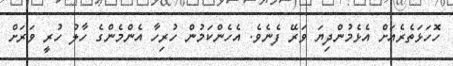
ހޮހަޅަތެރެއަށް އެޅެމުންދިޔަ ވަރޭ ފެނެވެ. އެހެންކަމުން ހުރިހާ އެންމެންގެ ހާލު ހުރީ ވަރަށް